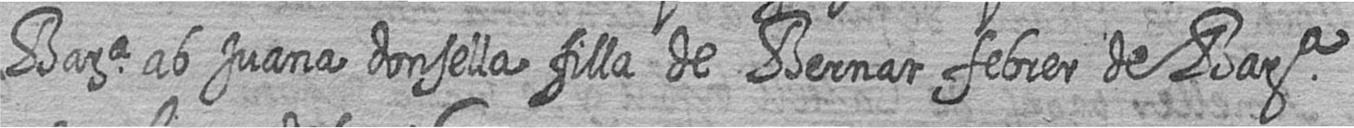
Bara ab Juana donsella filla de Bernat febrer de Bara